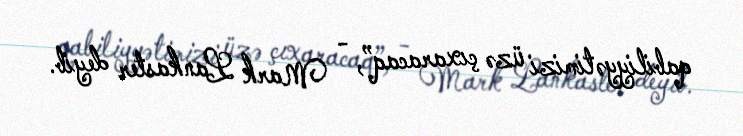
qabiliyyətimizi üzə çıxaracaq”, - Mark Lankaster deyib.